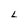
Character: L